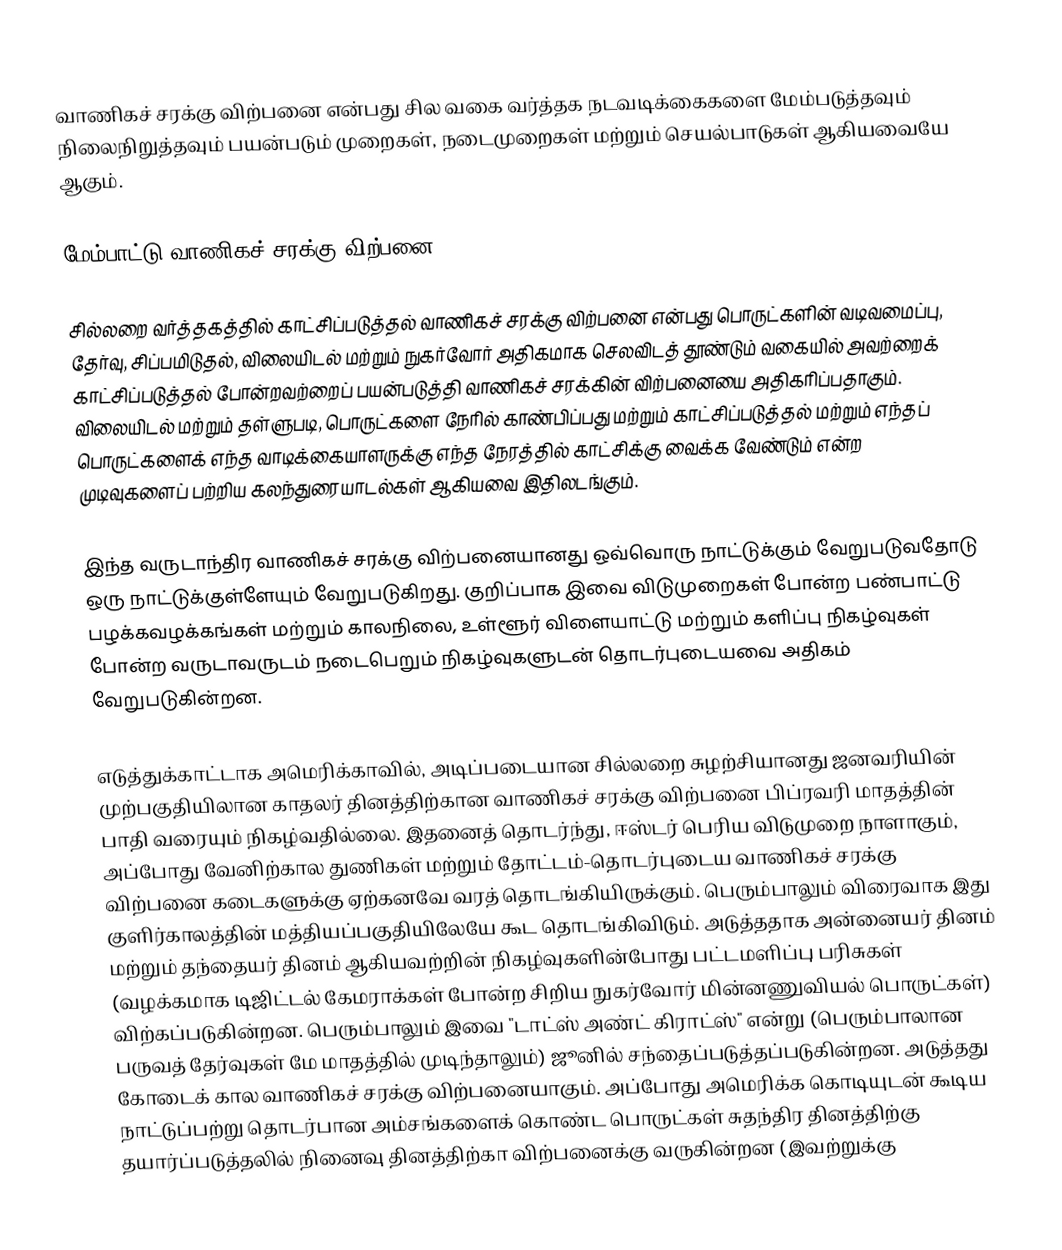
வாணிகச் சரக்கு விற்பனை என்பது சில வகை வர்த்தக நடவடிக்கைகளை மேம்படுத்தவும் நிலைநிறுத்தவும் பயன்படும் முறைகள், நடைமுறைகள் மற்றும் செயல்பாடுகள் ஆகியவையே ஆகும்.

மேம்பாட்டு வாணிகச் சரக்கு விற்பனை

சில்லறை வர்த்தகத்தில் காட்சிப்படுத்தல் வாணிகச் சரக்கு விற்பனை என்பது பொருட்களின் வடிவமைப்பு, தேர்வு, சிப்பமிடுதல், விலையிடல் மற்றும் நுகர்வோர் அதிகமாக செலவிடத் தூண்டும் வகையில் அவற்றைக் காட்சிப்படுத்தல் போன்றவற்றைப் பயன்படுத்தி வாணிகச் சரக்கின் விற்பனையை அதிகரிப்பதாகும். விலையிடல் மற்றும் தள்ளுபடி, பொருட்களை நேரில் காண்பிப்பது மற்றும் காட்சிப்படுத்தல் மற்றும் எந்தப் பொருட்களைக் எந்த வாடிக்கையாளருக்கு எந்த நேரத்தில் காட்சிக்கு வைக்க வேண்டும் என்ற முடிவுகளைப் பற்றிய கலந்துரையாடல்கள் ஆகியவை இதிலடங்கும்.

இந்த வருடாந்திர வாணிகச் சரக்கு விற்பனையானது ஒவ்வொரு நாட்டுக்கும் வேறுபடுவதோடு ஒரு நாட்டுக்குள்ளேயும் வேறுபடுகிறது. குறிப்பாக இவை விடுமுறைகள் போன்ற பண்பாட்டு பழக்கவழக்கங்கள் மற்றும் காலநிலை, உள்ளூர் விளையாட்டு மற்றும் களிப்பு நிகழ்வுகள் போன்ற வருடாவருடம் நடைபெறும் நிகழ்வுகளுடன் தொடர்புடையவை அதிகம் வேறுபடுகின்றன.

எடுத்துக்காட்டாக அமெரிக்காவில், அடிப்படையான சில்லறை சுழற்சியானது ஜனவரியின் முற்பகுதியிலான காதலர் தினத்திற்கான வாணிகச் சரக்கு விற்பனை பிப்ரவரி மாதத்தின் பாதி வரையும் நிகழ்வதில்லை. இதனைத் தொடர்ந்து, ஈஸ்டர் பெரிய விடுமுறை நாளாகும், அப்போது வேனிற்கால துணிகள் மற்றும் தோட்டம்-தொடர்புடைய வாணிகச் சரக்கு விற்பனை கடைகளுக்கு ஏற்கனவே வரத்  தொடங்கியிருக்கும். பெரும்பாலும் விரைவாக இது குளிர்காலத்தின் மத்தியப்பகுதியிலேயே கூட தொடங்கிவிடும். அடுத்ததாக அன்னையர் தினம் மற்றும் தந்தையர் தினம் ஆகியவற்றின் நிகழ்வுகளின்போது பட்டமளிப்பு பரிசுகள் (வழக்கமாக டிஜிட்டல் கேமராக்கள் போன்ற சிறிய நுகர்வோர் மின்னணுவியல் பொருட்கள்) விற்கப்படுகின்றன. பெரும்பாலும் இவை "டாட்ஸ் அண்ட் கிராட்ஸ்" என்று (பெரும்பாலான பருவத் தேர்வுகள் மே மாதத்தில் முடிந்தாலும்) ஜூனில் சந்தைப்படுத்தப்படுகின்றன. அடுத்தது கோடைக் கால வாணிகச் சரக்கு விற்பனையாகும். அப்போது அமெரிக்க கொடியுடன் கூடிய நாட்டுப்பற்று தொடர்பான அம்சங்களைக் கொண்ட பொருட்கள் சுதந்திர தினத்திற்கு தயார்ப்படுத்தலில் நினைவு தினத்திற்கா விற்பனைக்கு வருகின்றன (இவற்றுக்கு